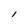
Character: l